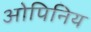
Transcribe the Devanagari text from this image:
ओपिनिय